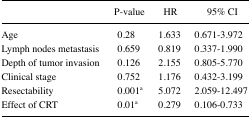
|  | P-value | HR | 95% CI |
 | --- | --- | --- | --- |
 | Age | 0.28 | 1.633 | 0.671–3.972 |
 | Lymph nodes metastasis | 0.659 | 0.819 | 0.337–1.990 |
 | Depth of tumor invasion | 0.126 | 2.155 | 0.805–5.770 |
 | Clinical stage | 0.752 | 1.176 | 0.432–3.199 |
 | Resectability | 0.001a | 5.072 | 2.059–12.497 |
 | Effect of CRT | 0.01a | 0.279 | 0.106–0.733 |